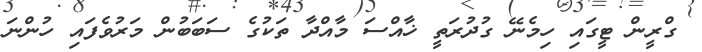
ގްރީން ޓީގައި ހިމެނޭ ގުދުރަތީ ޚާއްސަ މާއްދާ ތަކުގެ ސަބަބުން މަރުވެފައި ހުންނަ